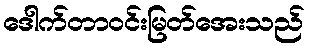
ဒေါက်တာဝင်းမြတ်အေးသည်